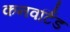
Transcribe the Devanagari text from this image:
कनवर्टिड